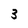
Character: 3